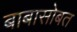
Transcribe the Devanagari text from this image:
बाबासोबत